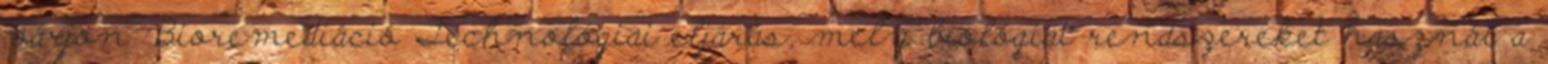
várjon. Bioremediáció Technológiai eljárás, mely biológiai rendszereket használ a